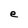
Character: e